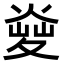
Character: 𤋬